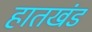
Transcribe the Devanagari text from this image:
हातखंड